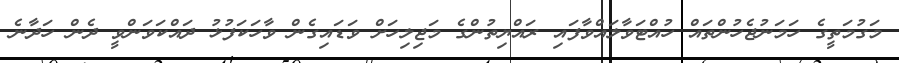
މަގުމަތީގެ ހަމަނުޖެހުންތައް ހުއްޓަވާލައްވާފައި ރައްޔިތުންގެ މަޖިލިހަށް ވަޑައިގެން ވާހަކަފުޅު ދައްކަވަންވީ ދެން ހަދާނެ